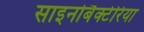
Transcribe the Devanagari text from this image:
साइनोबैक्टेरिया